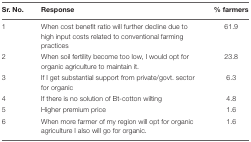
<table><thead><tr><td><b>Sr. No.</b></td><td><b>Response</b></td><td><b>% farmers</b></td></tr></thead><tbody><tr><td>1</td><td>When cost benefit ratio will further decline due to high input costs related to conventional farming practices</td><td>61.9</td></tr><tr><td>2</td><td>When soil fertility become too low, I would opt for organic agriculture to maintain it.</td><td>23.8</td></tr><tr><td>3</td><td>If I get substantial support from private/govt. sector for organic</td><td>6.3</td></tr><tr><td>4</td><td>If there is no solution of Bt-cotton wilting</td><td>4.8</td></tr><tr><td>5</td><td>Higher premium price</td><td>1.6</td></tr><tr><td>6</td><td>When more farmer of my region will opt for organic agriculture I also will go for organic.</td><td>1.6</td></tr></tbody></table>